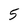
Character: 5